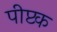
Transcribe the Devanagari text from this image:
पीप्टक